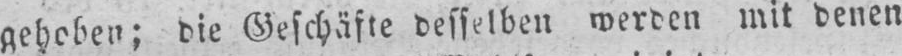
gehoben; die Geschäfte desselben werden mit denen